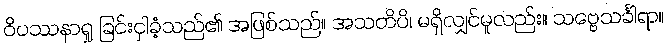
ဝိပဿနာရှု ခြင်းငှါခံ့သည်၏ အဖြစ်သည်။ အသတိပိ၊ မရှိလျှင်မူလည်း။ သဗ္ဗေသင်္ခါရာ။